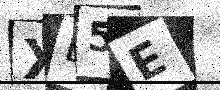
Text: XE5E